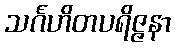
သင်္ဂဟိတပရိဇ္ဇနာ